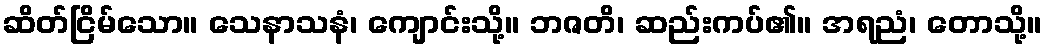
ဆိတ်ငြိမ်သော။ သေနာသနံ၊ ကျောင်းသို့။ ဘဇတိ၊ ဆည်းကပ်၏။ အရညံ၊ တောသို့။